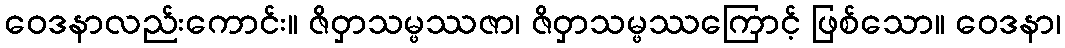
ဝေဒနာလည်းကောင်း။ ဇိဝှာသမ္ဖဿဇာ၊ ဇိဝှာသမ္ဖဿကြောင့် ဖြစ်သော။ ဝေဒနာ၊